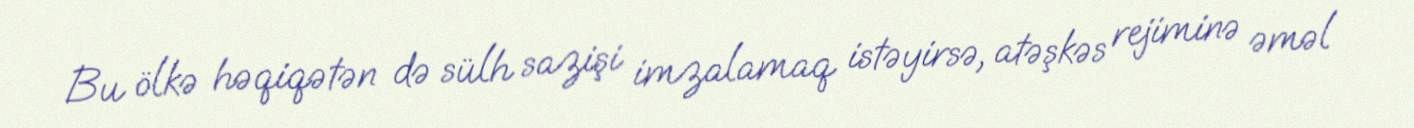
Bu ölkə həqiqətən də sülh sazişi imzalamaq istəyirsə, atəşkəs rejiminə əməl